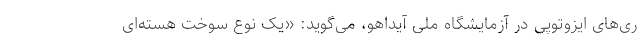
ری‌های ایزوتوپی در آزمایشگاه ملی آیداهو، می‌گوید: «یک نوع سوخت هسته‌ای